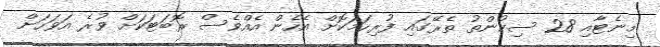
މިނެޓާއި 28 ސިކުންތު ތެރޭގައި ފުރިހަމަކޮށް އެހެން އެއްވެސް ރޮބަޓަކަށް ވުރެ އަވަހަށް